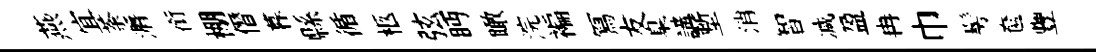
燕宜荼漘銜棚僭暮縣循柩弦眄瞰浣褊冩友臬講塹消智减盈冉巾髣奩豐